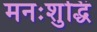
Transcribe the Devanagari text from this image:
मनःशुद्धिं